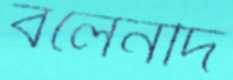
বলেনদি